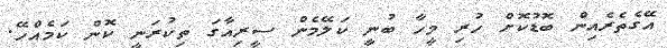
އޭގެތެރެއިން ބޮޑުކޮށް ހުރި މީހާ ބުނީ ކަލޭމެން ސީރިއާގަ ތިކުރަނީ ކޮން ކަމެއްހޭ.